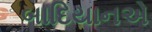
બાદિયાનએ